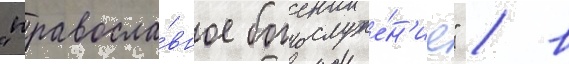
"правосла́вное богослуже́н'ие" / в